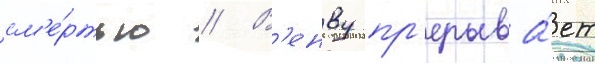
см'е́ртью // В'енву пр'ерыва́ет